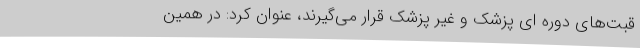
قبت‌های دوره ای پزشک و غیر پزشک قرار می‌گیرند، عنوان کرد: در همین